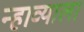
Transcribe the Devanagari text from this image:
न्हाव्याला